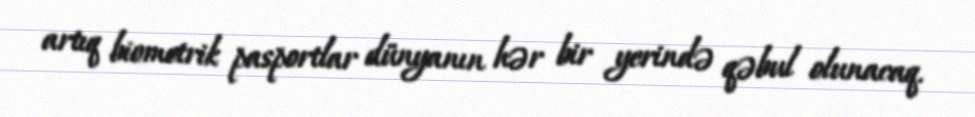
artıq biometrik pasportlar dünyanın hər bir yerində qəbul olunacaq.